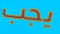
يجب